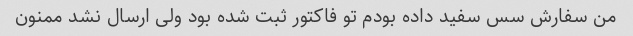
من سفارش سس سفید داده بودم تو فاکتور ثبت شده بود ولی ارسال نشد ممنون